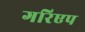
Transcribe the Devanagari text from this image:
गरिएप